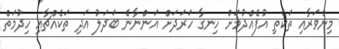
މިންވަރާއި ތަކެތި އުފެއްދުމަށް ހިނގާ ހަރަދަށް އަންނާނެ ބަދަލު އަދި ތަކެއްޗާއި ހިދުމަތް